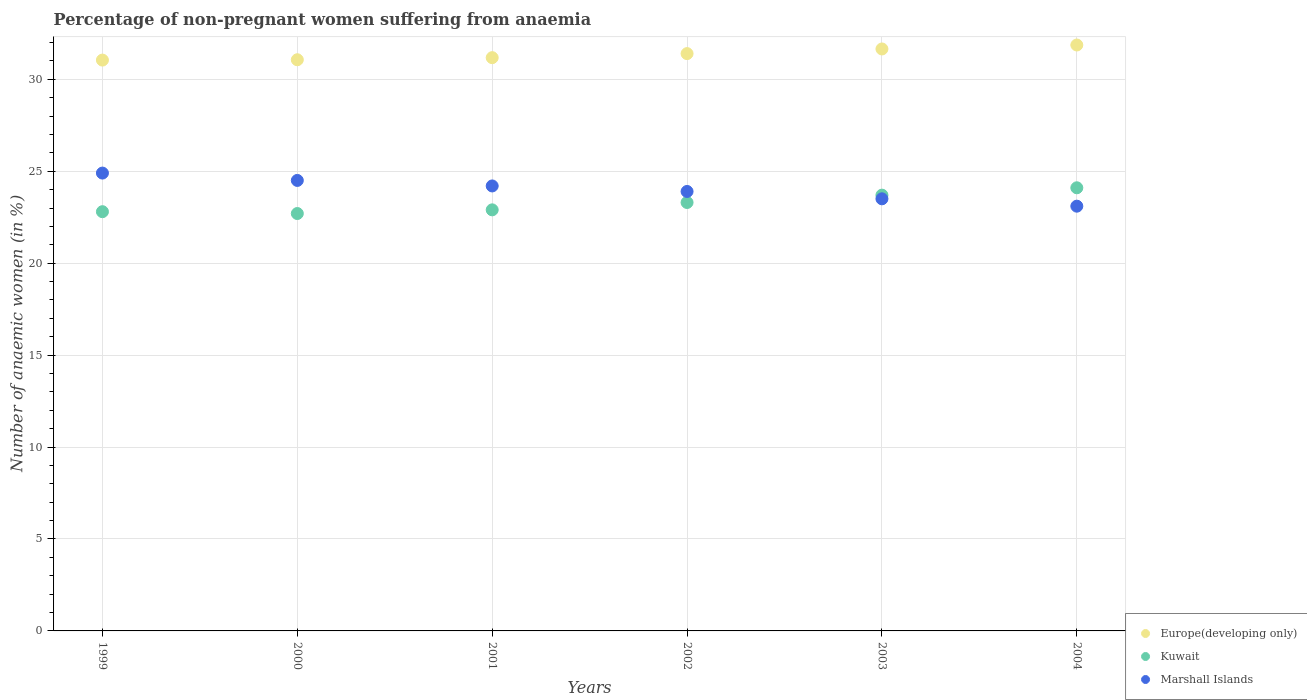
| Years | Europe(developing only) | Kuwait | Marshall Islands |
 | --- | --- | --- | --- |
 | 1999 | 31 | 22.8 | 24.9 |
 | 2000 | 31.1 | 22.7 | 24.5 |
 | 2001 | 31.2 | 22.9 | 24.2 |
 | 2002 | 31.4 | 23.3 | 23.9 |
 | 2003 | 31.6 | 23.7 | 23.5 |
 | 2004 | 31.9 | 24.1 | 23.1 |